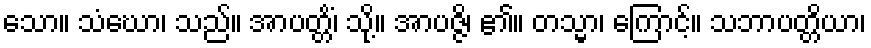
သော။ သံဃော၊ သည်။ အာပတ္တိံ၊ သို့။ အာပဇ္ဇိ၊ ၏။ တသ္မာ၊ ကြောင့်။ သဘာပတ္တိယာ၊